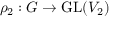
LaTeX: \rho _ { 2 } : G \to { \mathrm { G L } } ( V _ { 2 } )